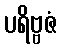
ပရိဗ္ဗဇံ